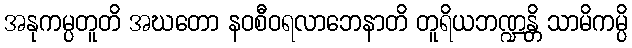
အနုကမ္ပတူတိ အဃတော နဝစီဝရလာဘေနာတိ တူရိယဘဏ္ဍန္တိ သာမိကမ္ပိ